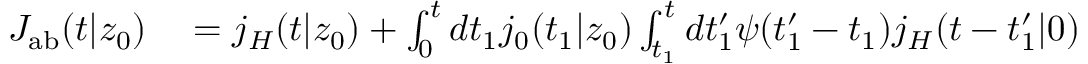
\begin{array} { r l } { J _ { \mathrm { { a b } } } ( t | z _ { 0 } ) } & { { } = j _ { H } ( t | z _ { 0 } ) + \int _ { 0 } ^ { t } d t _ { 1 } j _ { 0 } ( t _ { 1 } | z _ { 0 } ) \int _ { t _ { 1 } } ^ { t } d t _ { 1 } ^ { \prime } \psi ( t _ { 1 } ^ { \prime } - t _ { 1 } ) j _ { H } ( t - t _ { 1 } ^ { \prime } | 0 ) } \end{array}